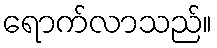
ရောက်လာသည်။